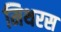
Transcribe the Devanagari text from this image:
मिथरस